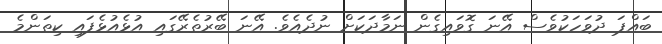
ބައްޕަ ދުވަހަކުވެސް އޭނަ ގޮވައިގެން ނަމާދަކަށް ނުދެއެވެ. އޭނަ ބޭރުތެރޭގައި އުޅެއުޅެފައި ކިތަންމެ